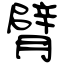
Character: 臂